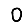
Digit: 0